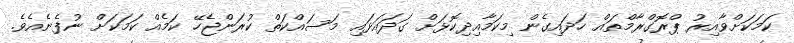
ކަމަކަށްވާއިރު ޕްރޮގްރާމްތައް ހަދައިގެން މިކަމާއިދިކޮޅަށް ގަދައަޅައި މަސައްކަތް ކުރަންޖެހޭ ކަމެއް ކަމަކަށް ނުފެނެއެވެ.